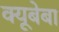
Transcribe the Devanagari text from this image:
क्यूबेबा